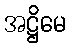
အဋ္ဌိမေ